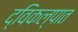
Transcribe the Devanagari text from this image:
द्विकल्पात